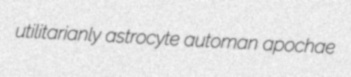
utilitarianly astrocyte automan apochae